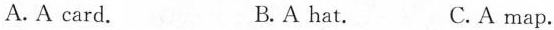
A. A card. B.A hat. C.A map.